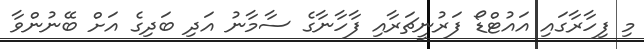
މި ފިހާރާގައި އައުޓްޑޯ ފަރުނީޗަރާއި ފާހާނާގެ ސާމާނު އަދި ބަދިގެ އަށް ބޭނުންވާ